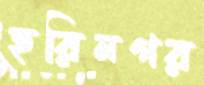
হরিনগর